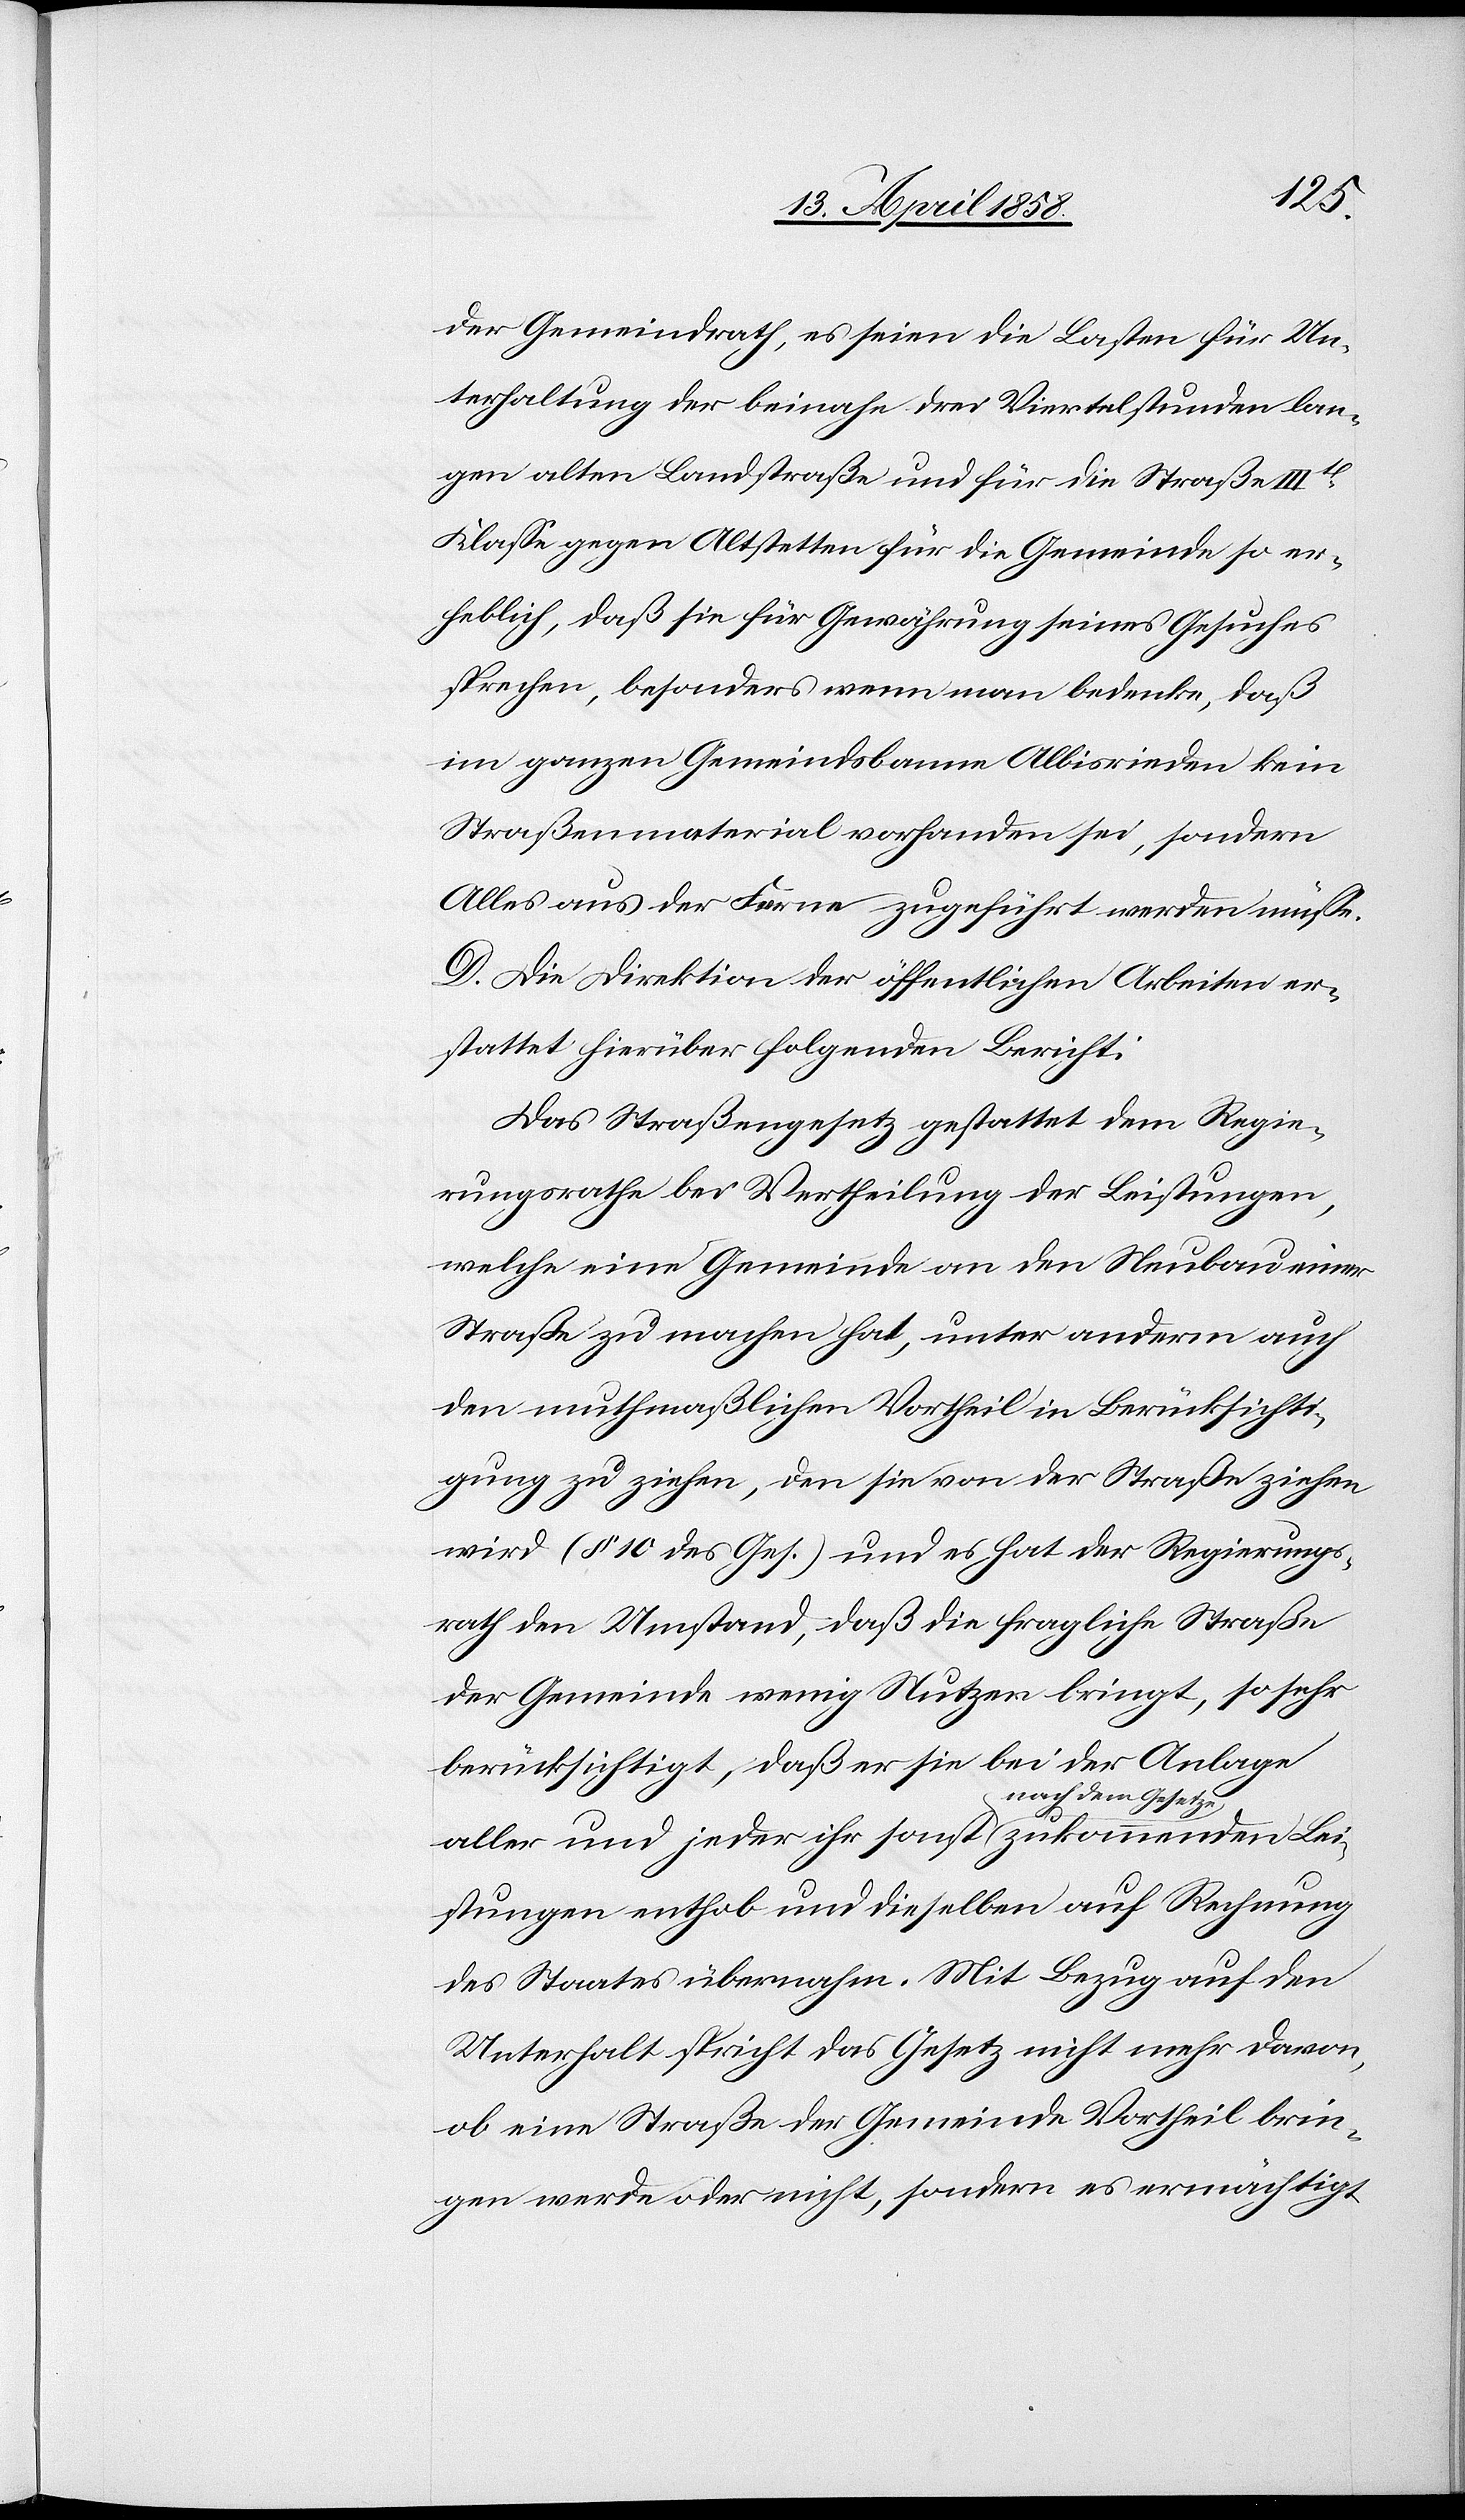
Leis¬
der Gemeindrath, es scheine die Lasten für Un¬
terhaltung der beinahe drei Viertelstunden lan¬
gen alten Landstraße und für die Straße IIIt[er]
Klasse gegen Altstetten für die Gemeinden so er¬
heblich, daß sie für Gewährung seines Gesuches
sprechen, besonders wenn man bedenke, daß
im ganzen Gemeindsbanne Albisrieden kein
Straßenmaterial vorhanden sei, sondern
Alles aus der Ferne zugeführt werden müsse.
D. Die Direktion der öffentlichen Arbeiten er¬
stattet hierüber folgenden Bericht:
Das Straßengesetz gestattet dem Regie¬
rungsrathe bei Vertheilung der Leistungen,
welche eine Gemeinde an den Neubau einer
Straße zu machen hat, unter anderm auch
den muthmaßlichen Vorheil in Berücksichti¬
gung zu ziehen, den sie von der Straße ziehen
wird (§ 10 des Ges.) und es hat der Regierungs¬
rath den Umstand, daß die fragliche Straße
der Gemeinde wenig Nutzen bringt, so sehr
berücksichtigt, daß er sie bei der Anlage
aller und jeder ihr sonst nach dem Ges¬
tungen enthob und dieselben auf Rechnung
des Staates übernahm. Mit Bezug auf den
Unterhalt spricht das Gesetz nicht mehr davon,
ob eine Straße der Gemeinde Vortheil brin¬
gen werde oder nicht, sondern es ermächtigt